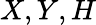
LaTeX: X,Y,H